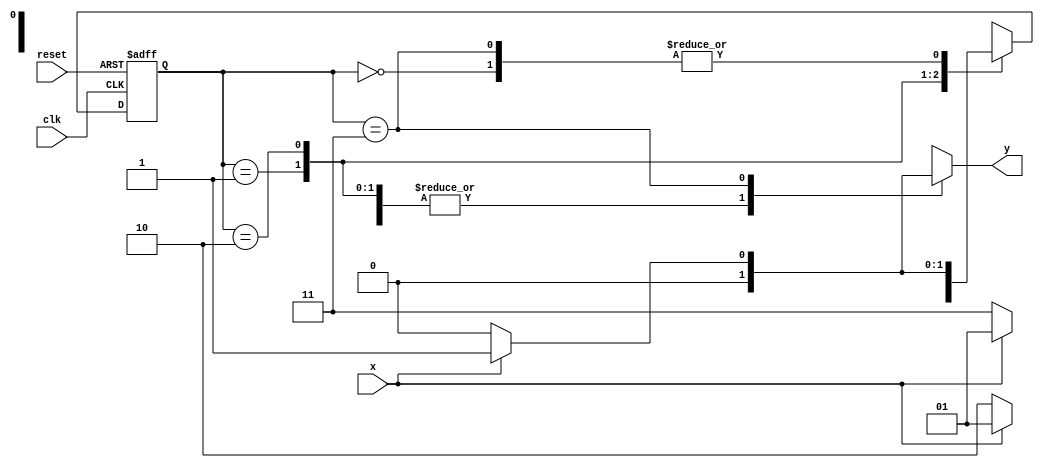
// -------------- 
// --- Maquina de Mealy
// ----------------------------------------------------  

// ----------------------------------------------------
// -- constant definitions 
// ----------------------------------------------------
	`define found 1 
	`define notfound 0
	 
// ----------------------------------------------------
// -- FSM by Mealy 
// ----------------------------------------------------
module mealy1001 ( y, x, clk, reset ); 
	output y; 
	input x; 
	input clk; 
	input reset; 
	reg y; 
 	
	parameter // -- state identifiers 
		
	start = 	2'b00, 
	id1 	= 	2'b01, 
	id10 	= 	2'b10, 
	id100 = 	2'b11; 
		
	reg [1:0] E1; // -- current state variables 
	reg [1:0] E2; // -- next state logic output 
	
	// -- next state logic 
	always @( x or E1 ) 
		begin 
		y = `notfound; 
			case ( E1 ) 
			start: 
			if ( x ) 
				E2 = id1; 
			else 
				E2 = start; 
			id1: 
			if ( x ) 
				E2 = id1; 
			else 
				E2 = id10; 
			id10: 
			if ( x ) 
				E2 = id1; 
			else 
				E2 = id100; 
			id100: 
			if ( x ) 
				begin 
				E2 = id1; 
				y = `found; 
				end 
			else 
				begin 
				E2 = start; 
				y = `notfound; 
				end 
			default: // -- undefined state 
				E2 = 2'bxx; 
			endcase 
		end // always at signal or state changing 
	
	// -- state variables 
	always @( posedge clk or negedge reset ) 
		begin 
		if ( reset ) 
			E1 = E2; //-- updates current state 
		else 
			E1 = 0; //-- reset 
		end //-- always at signal changing 
endmodule //-- mealy1001